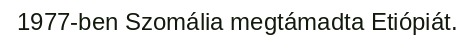
1977-ben Szomália megtámadta Etiópiát.